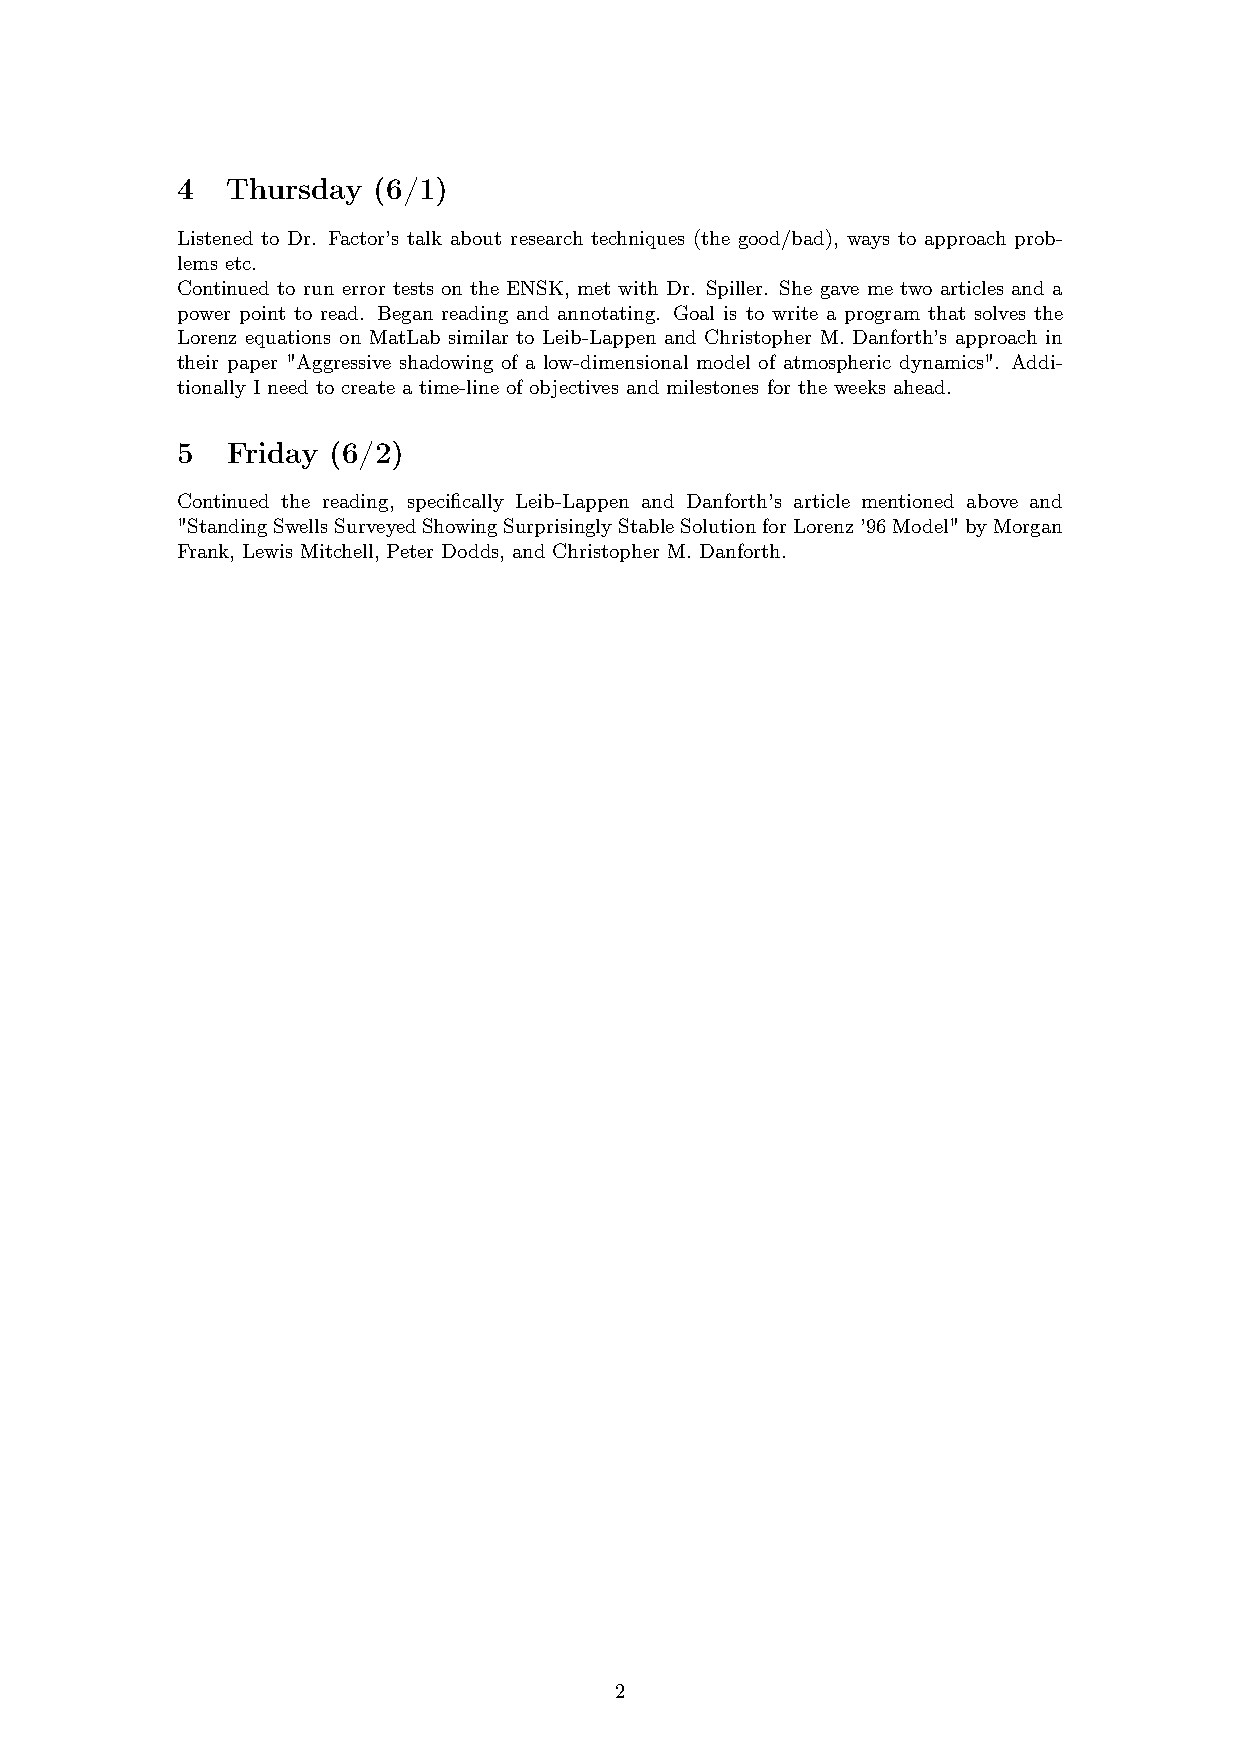
4  Thursday  (6/1)
 Listened to Dr. Factor’s talk about research techniques (the good/bad), ways to approach prob-
 lems etc.
 Continued to run error tests on the ENSK, met with Dr. Spiller. She gave me two articles and a
 power point to read. Began reading and annotating. Goal is to write a program that solves the
 Lorenz equations on MatLab similar to Leib-Lappen and Christopher M. Danforth’s approach in
 their paper "Aggressive shadowing of a low-dimensional model of atmospheric dynamics". Addi-
 tionally I need to create a time-line of objectives and milestones for the weeks ahead.
 5  Friday (6/2)
 Continued the reading, specifically Leib-Lappen and Danforth’s article mentioned above and
 "StandingSwellsSurveyedShowingSurprisinglyStableSolutionforLorenz’96Model"byMorgan
 Frank, Lewis Mitchell, Peter Dodds, and Christopher M. Danforth.
 2